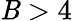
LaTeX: \mathit{B}>4